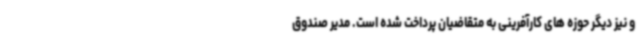
و نیز دیگر حوزه های کارآفرینی به متقاضیان پرداخت شده است. مدیر صندوق